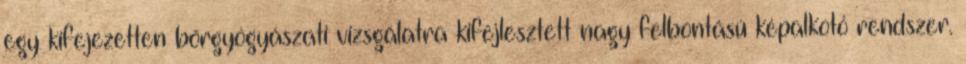
egy kifejezetten bőrgyógyászati vizsgálatra kifejlesztett nagy felbontású képalkotó rendszer.